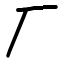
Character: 厂